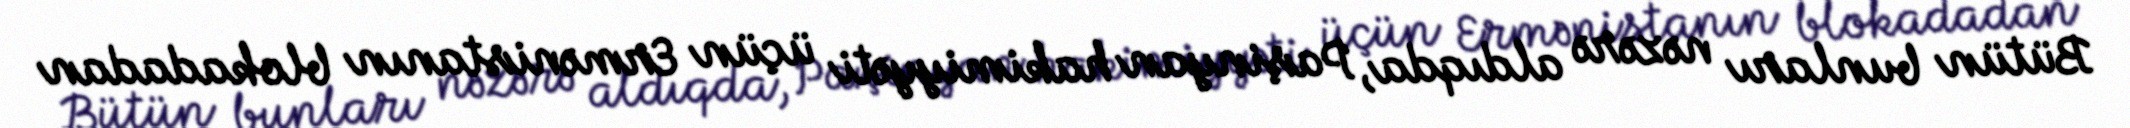
Bütün bunları nəzərə aldıqda, Paşinyan hakimiyyəti üçün Ermənistanın blokadadan